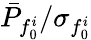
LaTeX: \bar{P}_{f_{0}^{i}}/\sigma_{f_{0}^{i}}